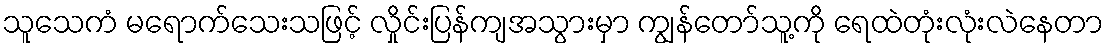
သူသေကံ မရောက်သေးသဖြင့် လှိုင်းပြန်ကျအသွားမှာ ကျွန်တော်သူ့ကို ရေထဲတုံးလုံးလဲနေတာ